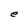
Character: e